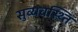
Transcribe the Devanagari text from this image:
सुव्यवस्थ्ति